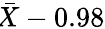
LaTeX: \! {\bar{X}}-0{.}98